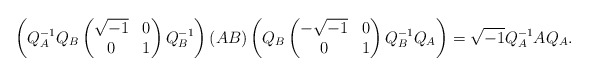
\begin{align*}\left(Q_A^{-1}Q_B\begin{pmatrix}\sqrt{-1} & 0\\0 & 1 \end{pmatrix}Q_B^{-1}\right)(AB)\left(Q_B\begin{pmatrix}-\sqrt{-1} & 0\\0 & 1\end{pmatrix}Q_B^{-1}Q_A\right)=\sqrt{-1}Q_A^{-1}AQ_A.\end{align*}